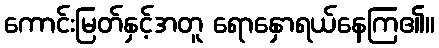
ကောင်းမြတ်နှင့်အတူ ရောနှောရယ်နေကြ၏။